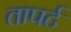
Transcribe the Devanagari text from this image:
तापर्ट